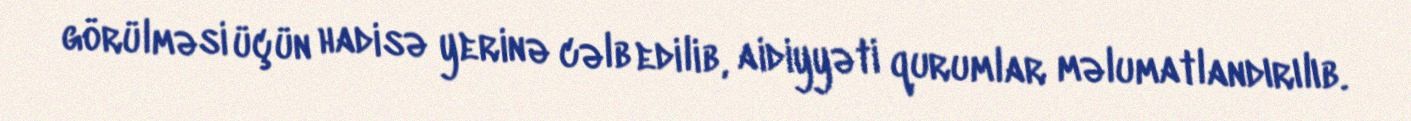
görülməsi üçün hadisə yerinə cəlb edilib, aidiyyəti qurumlar məlumatlandırılıb.